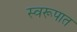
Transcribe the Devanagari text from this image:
स्‍वरूपात